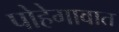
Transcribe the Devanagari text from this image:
पोहेगावात